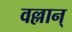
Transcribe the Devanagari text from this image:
वल्लान्